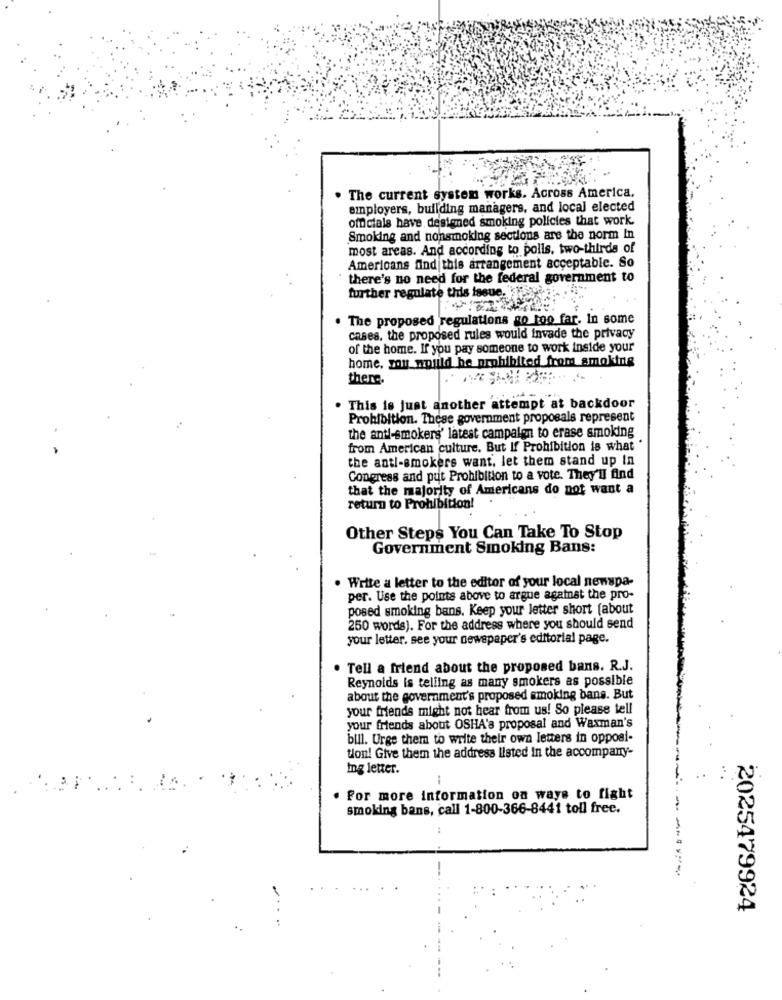
. The current system works. Across America,
employers, building managers, and local elected
officials have designed smoking policies that work.
Smoking and nonsmoking sections are the norm In
most areas. And according to polls. two-thirds of
Americans find this arrangement acceptable. So
there's no need for the federal government to
further regulate this issue.
. The proposed regulations go too far. In some
cases, the proposed rules would invade the privacy
of the home. If you pay someone to work inside your
home, you would be prohibited from_smoking
there.
. This is just another attempt at backdoor
Prohibition. These government proposals represent
the anti-smokers' latest campalen to erase smoking
from American culture. But If Prohibition is what '
the anti-smokers want, let them stand up In
Congress and put Prohibition to a vote. They'll find
that the majority of Americans do not want a
return to Prohibition!
Other Steps You Can Take To Stop
Government Smoking Bans:
. Write a letter to the editor of your local newspa-
per. Use the points above to argue against the pro-
posed smoking bans. Keep your letter short (about
250 words). For the address where you should send
your letter. see your newspaper's editorial page.
. Tell a friend about the proposed bans. R.J.
Reynolds is telling as many smokers as possible
about the government's proposed smoking bans. But
your friends might not hear from us! So please tell
your friends about OSHA's proposal and Waxman's
bill. Urge them to write their own letters in opposi-
tion! Give them the address listed in the accompany-
Ing letter.
...
. For more information on ways to fight
smoking bans, call 1-800-366-8441 toll free.
:
2025479924